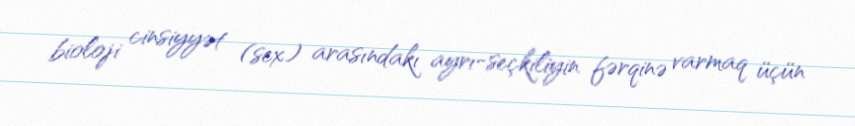
bioloji cinsiyyət (sex) arasındakı ayrı-seçkiliyin fərqinə varmaq üçün